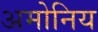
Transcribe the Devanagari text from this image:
अमोनिय